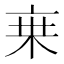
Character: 𬽌